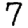
Digit: 7